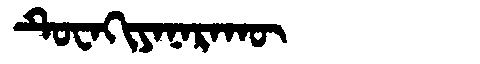
Manchu: ᡨᡠᠸᠠᡴᡳᠶᠠᠨᠠᡵᠠᡴᡡ
Romanization: TUWAKIYANARAKŪ